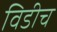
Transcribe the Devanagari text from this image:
विडीच